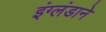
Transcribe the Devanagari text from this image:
इंग्लंडाने